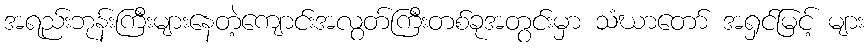
အရည်းဘုန်းကြီးများနေတဲ့ကျောင်းအလွတ်ကြီးတစ်ခုအတွင်းမှာ သံဃာတော် အရှင်မြင့် များ